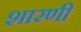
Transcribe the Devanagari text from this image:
शारणी